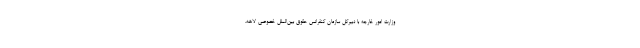
وزارت امور خارجه با دبيركل سازمان كنفرانس حقوق بين‌الملل خصوصي لاهه،